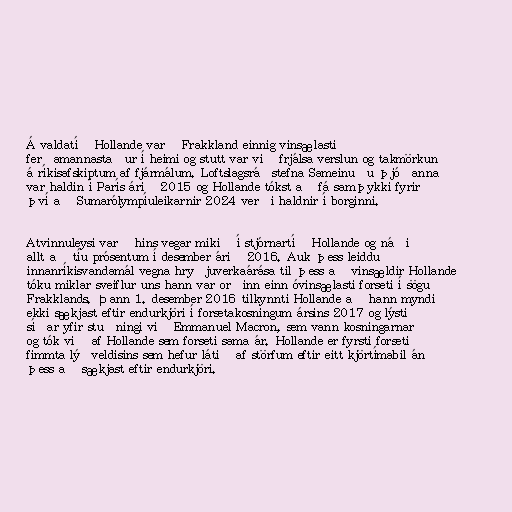
Á valdatíð Hollande varð Frakkland einnig vinsælasti
ferðamannastaður í heimi og stutt var við frjálsa verslun og takmörkun
á ríkisafskiptum af fjármálum. Loftslagsráðstefna Sameinuðu þjóðanna
var haldin í París árið 2015 og Hollande tókst að fá samþykki fyrir
því að Sumarólympíuleikarnir 2024 verði haldnir í borginni.

Atvinnuleysi varð hins vegar mikið í stjórnartíð Hollande og náði
allt að tíu prósentum í desember árið 2016. Auk þess leiddu
innanríkisvandamál vegna hryðjuverkaárása til þess að vinsældir Hollande
tóku miklar sveiflur uns hann var orðinn einn óvinsælasti forseti í sögu
Frakklands. Þann 1. desember 2016 tilkynnti Hollande að hann myndi
ekki sækjast eftir endurkjöri í forsetakosningum ársins 2017 og lýsti
síðar yfir stuðningi við Emmanuel Macron, sem vann kosningarnar
og tók við af Hollande sem forseti sama ár. Hollande er fyrsti forseti
fimmta lýðveldisins sem hefur látið af störfum eftir eitt kjörtímabil án
þess að sækjast eftir endurkjöri.